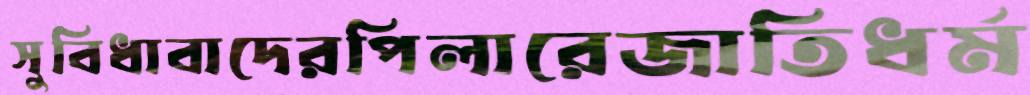
সুবিধাবাদেরপিলারেজাতিধর্ম